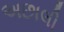
અછાલી